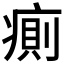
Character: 𰣷